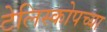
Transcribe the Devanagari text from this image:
टेलिस्कोपच्या